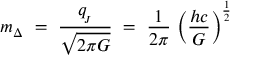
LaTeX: m _ { \Delta } \ = \ \frac { q _ { \! _ { J } } } { \sqrt { 2 \pi G } } \ = \ \frac { 1 } { 2 \pi } \, \left( { \frac { h c } { G } } \right) ^ { \frac { 1 } { 2 } }